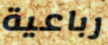
رباعية